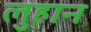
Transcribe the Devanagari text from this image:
लुहान